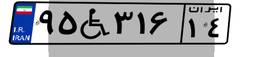
۱۱W۰۵۶۰۴